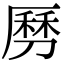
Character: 𠟄